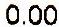
0.00